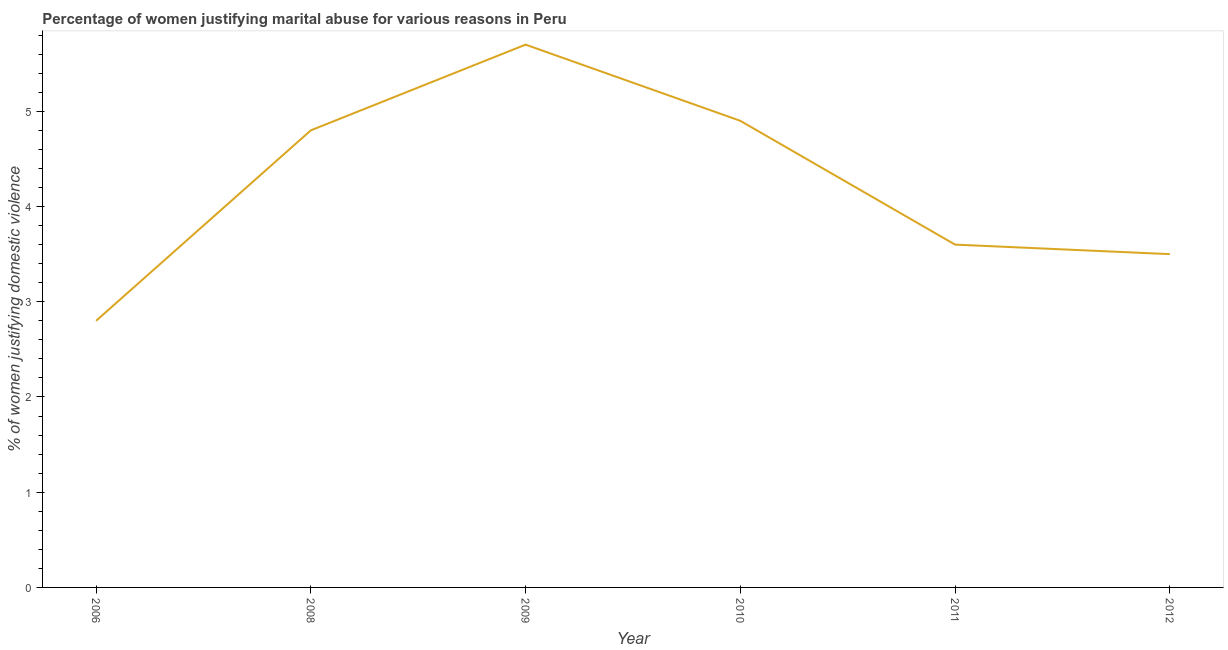
| Year | Physical abuse |
 | --- | --- |
 | 2006 | 2.8 |
 | 2008 | 4.8 |
 | 2009 | 5.7 |
 | 2010 | 4.9 |
 | 2011 | 3.6 |
 | 2012 | 3.5 |